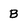
Character: B